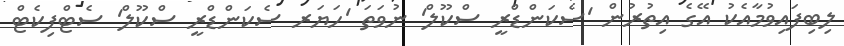
ލިބިފައިވުމާއެކު އޭގެ އިތުރުން 'ސެކަންޑްރީ ސްކޫލް' ނުވަތަ 'ހަޔަރ ސެކަންޑްރީ ސްކޫލް' ސެޓްފިކެޓް